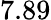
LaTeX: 7.89